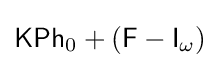
{\mathsf {KPh}}_{0}+({\mathsf {F-I}}_{\omega })